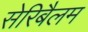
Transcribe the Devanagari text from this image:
सेरिबैलम